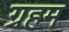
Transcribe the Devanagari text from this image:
ग्रहम